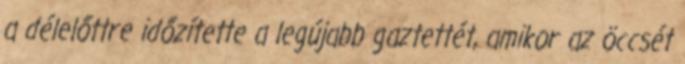
a délelőttre időzítette a legújabb gaztettét, amikor az öccsét